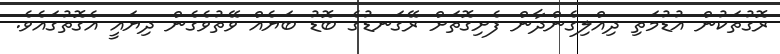
ރޮގުތަކުން އުޑުމަތި ދިއްލިގެންދާން ފެށިގޮތަށް ރޭގަނޑުގެ ބޮޑު ބަޔެއް ވޭތުވެގެން ދިޔައީ އެގޮތުގައެވެ.